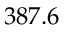
3 8 7 . 6